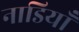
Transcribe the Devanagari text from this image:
नाडियाँ